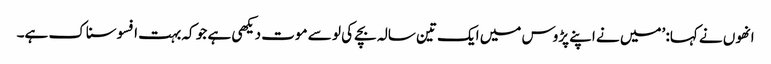
انھوں نے کہا: ’میں نے اپنے پڑوس میں ایک تین سالہ بچے کی لو سے موت دیکھی ہے جو کہ بہت افسوسناک ہے۔